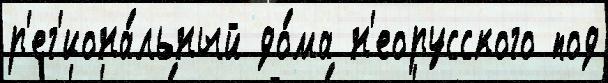
р'ег'иона́льный до́ма н'еорусского под